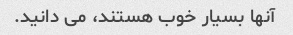
آنها بسیار خوب هستند، می دانید.